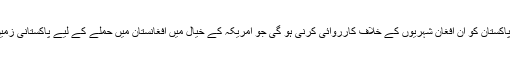
تاہم انھوں نے کہا کہ پاکستان کو ان افغان شہریوں کے خلاف کارروائی کرنی ہو گی جو امریکہ کے خیال میں افغانستان میں حملے کے لیے پاکستانی زمین استعمال کرتے ہیں۔